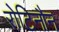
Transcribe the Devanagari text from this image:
रोटिनौन